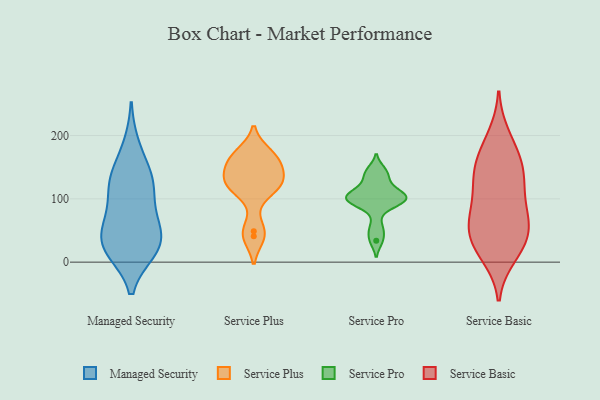
{"axis": {"x": "Website Visitors", "y": "Value"}, "legend": ["Managed Security", "Service Basic", "Service Plus", "Service Pro"], "data": [{"x": "", "y": 132, "type": "Managed Security"}, {"x": "", "y": 134, "type": "Managed Security"}, {"x": "", "y": 23, "type": "Managed Security"}, {"x": "", "y": 34, "type": "Managed Security"}, {"x": "", "y": 83, "type": "Managed Security"}, {"x": "", "y": 61, "type": "Managed Security"}, {"x": "", "y": 21, "type": "Managed Security"}, {"x": "", "y": 114, "type": "Managed Security"}, {"x": "", "y": 131, "type": "Managed Security"}, {"x": "", "y": 19, "type": "Managed Security"}, {"x": "", "y": 183, "type": "Managed Security"}, {"x": "", "y": 28, "type": "Managed Security"}, {"x": "", "y": 59, "type": "Managed Security"}, {"x": "", "y": 124, "type": "Service Plus"}, {"x": "", "y": 161, "type": "Service Plus"}, {"x": "", "y": 41, "type": "Service Plus"}, {"x": "", "y": 164, "type": "Service Plus"}, {"x": "", "y": 125, "type": "Service Plus"}, {"x": "", "y": 117, "type": "Service Plus"}, {"x": "", "y": 124, "type": "Service Plus"}, {"x": "", "y": 148, "type": "Service Plus"}, {"x": "", "y": 171, "type": "Service Plus"}, {"x": "", "y": 49, "type": "Service Plus"}, {"x": "", "y": 120, "type": "Service Pro"}, {"x": "", "y": 88, "type": "Service Pro"}, {"x": "", "y": 54, "type": "Service Pro"}, {"x": "", "y": 104, "type": "Service Pro"}, {"x": "", "y": 106, "type": "Service Pro"}, {"x": "", "y": 34, "type": "Service Pro"}, {"x": "", "y": 103, "type": "Service Pro"}, {"x": "", "y": 145, "type": "Service Pro"}, {"x": "", "y": 97, "type": "Service Pro"}, {"x": "", "y": 99, "type": "Service Pro"}, {"x": "", "y": 136, "type": "Service Pro"}, {"x": "", "y": 184, "type": "Service Basic"}, {"x": "", "y": 16, "type": "Service Basic"}, {"x": "", "y": 156, "type": "Service Basic"}, {"x": "", "y": 160, "type": "Service Basic"}, {"x": "", "y": 10, "type": "Service Basic"}, {"x": "", "y": 133, "type": "Service Basic"}, {"x": "", "y": 50, "type": "Service Basic"}, {"x": "", "y": 78, "type": "Service Basic"}, {"x": "", "y": 199, "type": "Service Basic"}, {"x": "", "y": 55, "type": "Service Basic"}, {"x": "", "y": 39, "type": "Service Basic"}, {"x": "", "y": 112, "type": "Service Basic"}, {"x": "", "y": 25, "type": "Service Basic"}, {"x": "", "y": 82, "type": "Service Basic"}, {"x": "", "y": 48, "type": "Service Basic"}, {"x": "", "y": 135, "type": "Service Basic"}, {"x": "", "y": 136, "type": "Service Basic"}, {"x": "", "y": 79, "type": "Service Basic"}]}